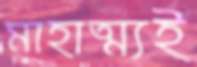
মাহাত্ম্যই